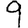
Digit: 9